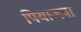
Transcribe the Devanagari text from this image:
पियाज्ज़ा